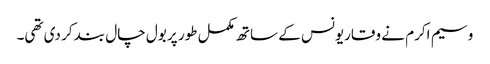
وسیم اکرم نے وقاریونس کے ساتھ مکمل طور پر بول چال بند کر دی تھی۔